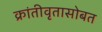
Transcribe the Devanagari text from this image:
क्रांतीवृतासोबत